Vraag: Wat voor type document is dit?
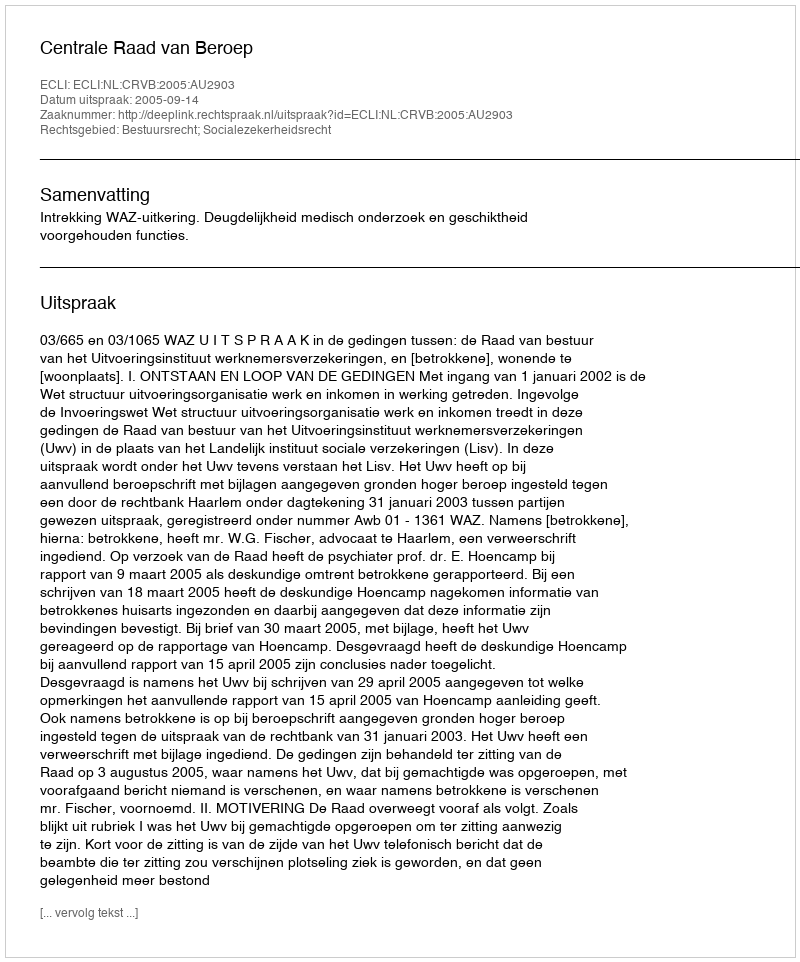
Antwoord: Uitspraak